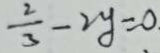
\frac { 2 } { 3 } - 2 y = 0